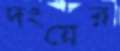
দংয়ের